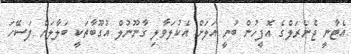
އެޓާނީ ޖެނެރަލްގެ އޮފީހުން ބުނީ އަލަށް އެކުލަވާލި ގާނޫނުލް އުގޫބާތަކީ ބަލާލަން ފަސޭހަ